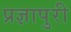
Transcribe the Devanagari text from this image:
प्रज्ञापुरी